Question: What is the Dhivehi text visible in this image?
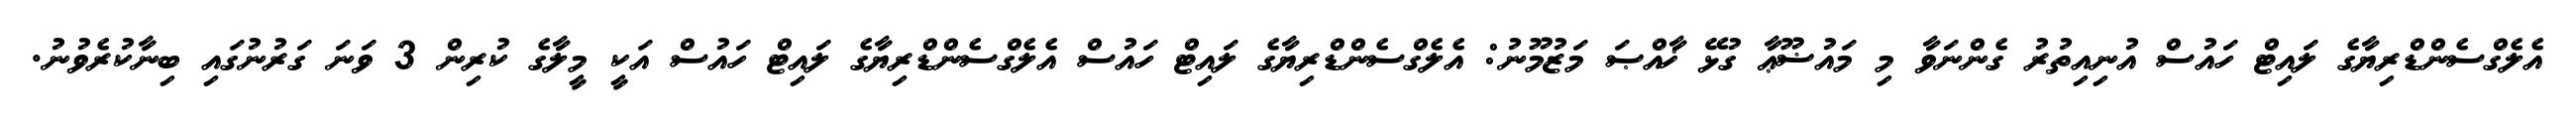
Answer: އެލެގްސެންޑްރިޔާގެ ލައިޓް ހައުސް އުނިއިތުރު ގެންނަވާ މި މައުޟޫޢާ ގުޅޭ ޚާއްޞަ މަޒުމޫނު: އެލެގްސެންޑްރިޔާގެ ލައިޓް ހައުސް އެލެގްސެންޑްރިޔާގެ ލައިޓް ހައުސް އަކީ މީލާގެ ކުރިން 3 ވަނަ ގަރުނުގައި ބިނާކުރެވުނު.